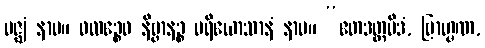
မဇ္ဈံ နာမ။ ဖလဉ္စေဝ နိဗ္ဗာနဉ္စ ပရိယောသာနံ နာမ။ “ဧတဒတ္ထမိဒံ, ဗြာဟ္မဏ,